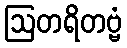
ဩတရိတဗ္ဗံ